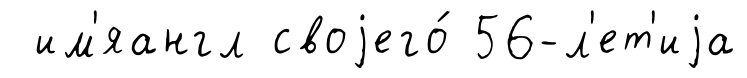
им'яангл своjего́ 56-л'ет'иjа